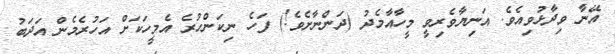
އޭނާ ވިދާޅުވިއެވެ. އަނިޔާވެރިވީ މީހާއާމެދު (ދަންނާށެވެ!) ފަހެ ނިކަންހުރެ އެމީހަކަށް އަހުރެމެން އަދަބު